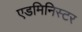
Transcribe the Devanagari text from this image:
एडमिनिस्टर